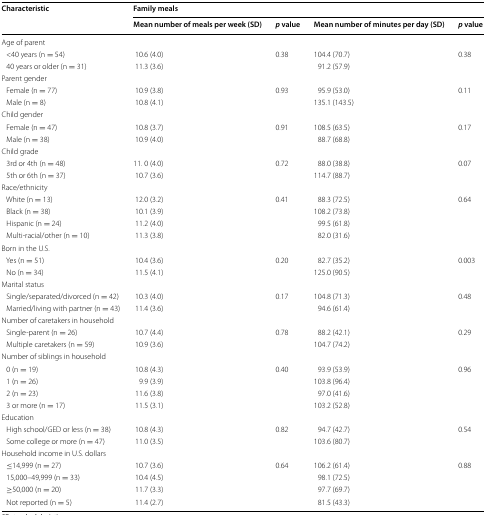
<table><thead><tr><td rowspan="2"><b>Characteristic</b></td><td colspan="4"><b>Family meals</b></td></tr><tr><td><b>Mean number of meals per week (SD)</b></td><td><b><i>p</i> value</b></td><td><b>Mean number of minutes per day (SD)</b></td><td><b><i>p</i> value</b></td></tr></thead><tbody><tr><td colspan="5">Age of parent</td></tr><tr><td> &lt;40 years (n = 54)</td><td>10.6 (4.0)</td><td>0.38</td><td>104.4 (70.7)</td><td>0.38</td></tr><tr><td> 40 years or older (n = 31)</td><td>11.3 (3.6)</td><td></td><td>91.2 (57.9)</td><td></td></tr><tr><td colspan="5">Parent gender</td></tr><tr><td> Female (n = 77)</td><td>10.9 (3.8)</td><td>0.93</td><td>95.9 (53.0)</td><td>0.11</td></tr><tr><td> Male (n = 8)</td><td>10.8 (4.1)</td><td></td><td>135.1 (143.5)</td><td></td></tr><tr><td colspan="5">Child gender</td></tr><tr><td> Female (n = 47)</td><td>10.8 (3.7)</td><td>0.91</td><td>108.5 (63.5)</td><td>0.17</td></tr><tr><td> Male (n = 38)</td><td>10.9 (4.0)</td><td></td><td>88.7 (68.8)</td><td></td></tr><tr><td colspan="5">Child grade</td></tr><tr><td> 3rd or 4th (n = 48)</td><td>11. 0 (4.0)</td><td>0.72</td><td>88.0 (38.8)</td><td>0.07</td></tr><tr><td> 5th or 6th (n = 37)</td><td>10.7 (3.6)</td><td></td><td>114.7 (88.7)</td><td></td></tr><tr><td colspan="5">Race/ethnicity</td></tr><tr><td> White (n = 13)</td><td>12.0 (3.2)</td><td>0.41</td><td>88.3 (72.5)</td><td>0.64</td></tr><tr><td> Black (n = 38)</td><td>10.1 (3.9)</td><td></td><td>108.2 (73.8)</td><td></td></tr><tr><td> Hispanic (n = 24)</td><td>11.2 (4.0)</td><td></td><td>99.5 (61.8)</td><td></td></tr><tr><td> Multi-racial/other (n = 10)</td><td>11.3 (3.8)</td><td></td><td>82.0 (31.6)</td><td></td></tr><tr><td colspan="5">Born in the U.S.</td></tr><tr><td> Yes (n = 51)</td><td>10.4 (3.6)</td><td>0.20</td><td>82.7 (35.2)</td><td>0.003</td></tr><tr><td> No (n = 34)</td><td>11.5 (4.1)</td><td></td><td>125.0 (90.5)</td><td></td></tr><tr><td colspan="5">Marital status</td></tr><tr><td> Single/separated/divorced (n = 42)</td><td>10.3 (4.0)</td><td>0.17</td><td>104.8 (71.3)</td><td>0.48</td></tr><tr><td> Married/living with partner (n = 43)</td><td>11.4 (3.6)</td><td></td><td>94.6 (61.4)</td><td></td></tr><tr><td colspan="5">Number of caretakers in household</td></tr><tr><td> Single-parent (n = 26)</td><td>10.7 (4.4)</td><td>0.78</td><td>88.2 (42.1)</td><td>0.29</td></tr><tr><td> Multiple caretakers (n = 59)</td><td>10.9 (3.6)</td><td></td><td>104.7 (74.2)</td><td></td></tr><tr><td colspan="5">Number of siblings in household</td></tr><tr><td> 0 (n = 19)</td><td>10.8 (4.3)</td><td>0.40</td><td>93.9 (53.9)</td><td>0.96</td></tr><tr><td> 1 (n = 26)</td><td>9.9 (3.9)</td><td></td><td>103.8 (96.4)</td><td></td></tr><tr><td> 2 (n = 23)</td><td>11.6 (3.8)</td><td></td><td>97.0 (41.6)</td><td></td></tr><tr><td> 3 or more (n = 17)</td><td>11.5 (3.1)</td><td></td><td>103.2 (52.8)</td><td></td></tr><tr><td colspan="5">Education</td></tr><tr><td> High school/GED or less (n = 38)</td><td>10.8 (4.3)</td><td>0.82</td><td>94.7 (42.7)</td><td>0.54</td></tr><tr><td> Some college or more (n = 47)</td><td>11.0 (3.5)</td><td></td><td>103.6 (80.7)</td><td></td></tr><tr><td colspan="5">Household income in U.S. dollars</td></tr><tr><td> ≤14,999 (n = 27)</td><td>10.7 (3.6)</td><td>0.64</td><td>106.2 (61.4)</td><td>0.88</td></tr><tr><td> 15,000–49,999 (n = 33)</td><td>10.4 (4.5)</td><td></td><td>98.1 (72.5)</td><td></td></tr><tr><td> ≥50,000 (n = 20)</td><td>11.7 (3.3)</td><td></td><td>97.7 (69.7)</td><td></td></tr><tr><td> Not reported (n = 5)</td><td>11.4 (2.7)</td><td></td><td>81.5 (43.3)</td><td></td></tr></tbody></table>